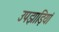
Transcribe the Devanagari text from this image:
उपझाड़ियां